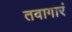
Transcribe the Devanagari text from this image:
तवागारं